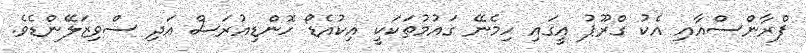
ފްރާންސްއާއި އެކު ގްރޫޕު އީގައި ހިމެނޭ ގައުމުތަކަކީ އިކުއެޑޯ ހޮންޑިއުރަސް އަދި ސްވިޒަލޭންޑެވެ.